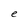
Character: e